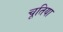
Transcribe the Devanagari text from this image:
चूतिया